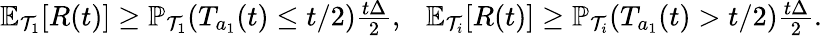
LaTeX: \begin{array}{r}{\mathbb{E}_{\mathcal{T}_{1}}[R(t)]\ge\mathbb{P}_{\mathcal{T}_{1}}(T_{a_{1}}(t)\le t/2)\frac{t\Delta}{2},\ \ \ \mathbb{E}_{\mathcal{T}_{i}}[R(t)]\ge\mathbb{P}_{\mathcal{T}_{i}}(T_{a_{1}}(t)>t/2)\frac{t\Delta}{2}.}\end{array}